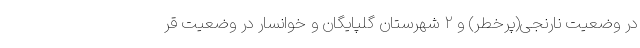
در وضعیت نارنجی(پرخطر) و ۲ شهرستان گلپایگان و خوانسار در وضعیت قر